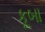
કૂબા